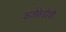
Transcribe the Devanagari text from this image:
कर्जफेडीची